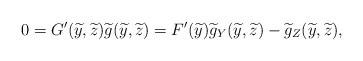
LaTeX: \begin{align*} 0 = G ^\prime ( \widetilde{y} , \widetilde{z} ) \widetilde{g} ( \widetilde{y}, \widetilde{z}) = F ^\prime (\widetilde{y}) \widetilde{g} _Y ( \widetilde{y}, \widetilde{z}) - \widetilde{g} _Z ( \widetilde{y} , \widetilde{z}) , \end{align*}